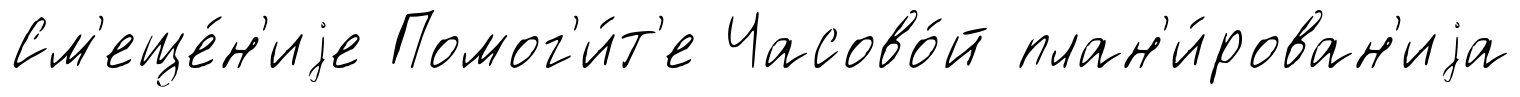
См'еще́н'иjе Помог'и́т'е Часово́й план'и́рован'иjа